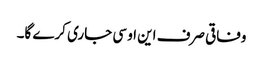
وفاقی صرف این او سی جاری کرے گا۔